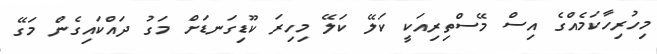
މިހުރިހާކަމެއްގެ އިސް މޭސްތިރިއަކީ ކަލޭ ކަލޭ މިހިރަ ކޫޑިގަނޑަށް މަގު ދައްކައިގެން މަގޭ